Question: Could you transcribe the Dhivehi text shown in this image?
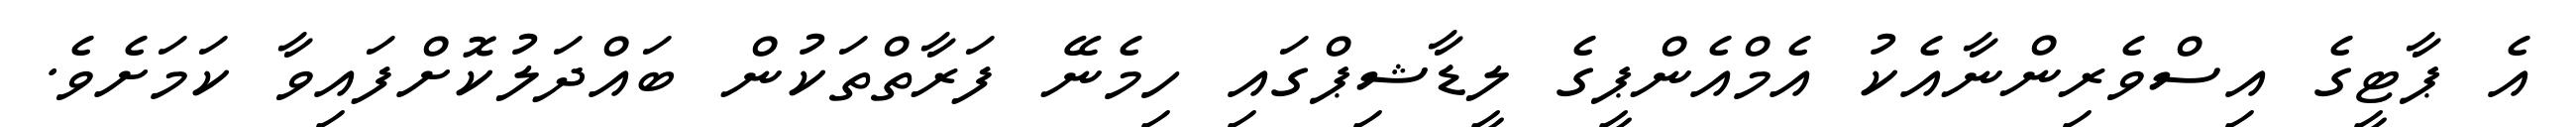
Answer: އެ ޕާޓީގެ އިސްވެރިންނާއެކު އެމްއެންޕީގެ ލީޑާޝިޕްގައި ހިމެނޭ ފަރާތްތަކުން ބައްދަލުކޮށްފައިވާ ކަމަށެވެ.